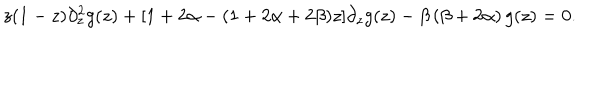
z ( 1 - z ) \partial _ { z } ^ { 2 } g ( z ) + [ 1 + 2 \alpha - ( 1 + 2 \alpha + 2 \beta ) z ] \partial _ { z } g ( z ) - \beta \left( \beta + 2 \alpha \right) g ( z ) = 0 .